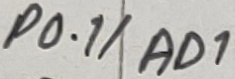
Text: P0.1/AD1